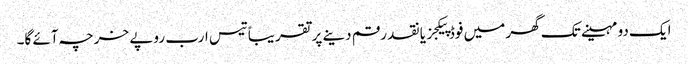
ایک دو مہینے تک گھر میں فوڈ پیکجز یا نقد رقم دینے پر تقریباً تیس ارب روپے خرچہ آئے گا۔